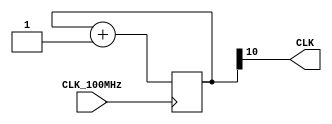
/*-------------------------------------------------------------
    Project Lab 1 - Mini Motor Project
       Program by: Zachary Bonneau
    Creation Date: 09/18/2023
     Program Name: CLK_DIV.v
    SubProgram of: top
  
    Program Description:
    CLK_DIV divides the 100 MHz clock to 48.8 kHz

    Inputs:
        CLK_100MHz        
    
    Outputs:
        CLK
*/


module CLK_DIV(output CLK, input CLK_100MHz);
    // divides 100 MHz source clock to 48.8 kHz

    reg [10:0] clk_reg = 0;
    
    always@(posedge CLK_100MHz) begin
        clk_reg <= clk_reg + 1;
    end
    
    assign CLK = clk_reg[10];
    
endmodule